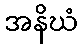
အနိဃံ